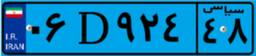
۰۶D۹۲۴۴۸